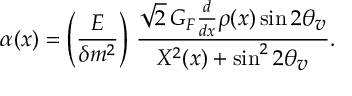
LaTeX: \alpha ( x ) = \left( { \frac { E } { \delta m ^ { 2 } } } \right) \, { \frac { \sqrt 2 \, G _ { F } { \frac { d } { d x } } \rho ( x ) \sin 2 \theta _ { \textstyle v } } { X ^ { 2 } ( x ) + \sin ^ { 2 } 2 \theta _ { \textstyle v } } } .